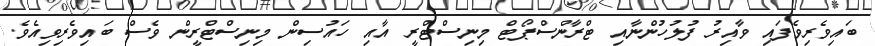
ބައިވެރިވެފައި ވާއިރު ފުލުހުންނާއި ޓްރާންސްޕޯޓް މިނިސްޓްރީ އާއި ހައުސިން މިނިސްޓްރީން ވެސް ބައިވެރިވިއެވެ.